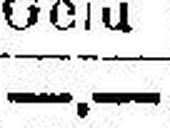
—.—